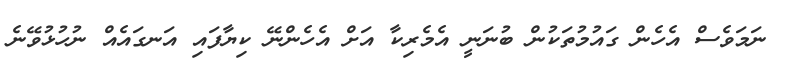
ނަމަވެސް އެހެން ގައުމުތަކުން ބުނަނީ އެމެރިކާ އަށް އެހެންނޭ ކިޔާފައި އަނގައެއް ނުހުޅުވޭނެ